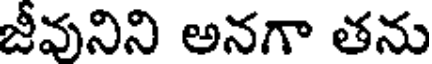
జీవునిని అనగా తను